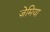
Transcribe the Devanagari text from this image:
ज़ेमिया